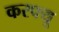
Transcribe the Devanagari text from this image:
करफ्यू